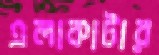
এলাকাটার